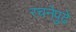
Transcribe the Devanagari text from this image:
रचनेपुढे